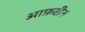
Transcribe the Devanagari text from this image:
आफ़रीन